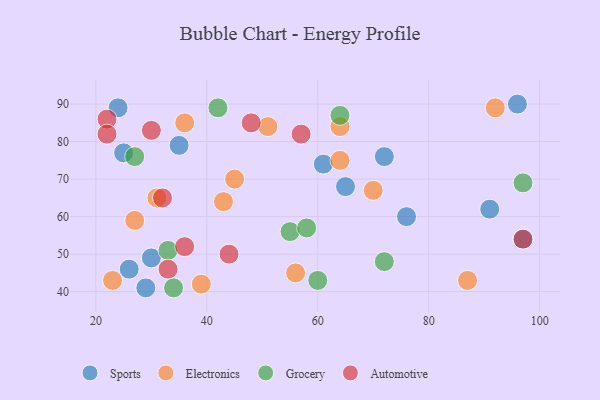
{"axis": {"x": "GDP", "y": "Life Expectancy"}, "legend": ["Automotive", "Electronics", "Grocery", "Sports"], "data": [{"x": "96", "y": 90, "type": "Sports"}, {"x": "35", "y": 79, "type": "Sports"}, {"x": "29", "y": 41, "type": "Sports"}, {"x": "61", "y": 74, "type": "Sports"}, {"x": "24", "y": 89, "type": "Sports"}, {"x": "97", "y": 54, "type": "Sports"}, {"x": "26", "y": 46, "type": "Sports"}, {"x": "72", "y": 76, "type": "Sports"}, {"x": "76", "y": 60, "type": "Sports"}, {"x": "65", "y": 68, "type": "Sports"}, {"x": "25", "y": 77, "type": "Sports"}, {"x": "91", "y": 62, "type": "Sports"}, {"x": "30", "y": 49, "type": "Sports"}, {"x": "64", "y": 84, "type": "Electronics"}, {"x": "92", "y": 89, "type": "Electronics"}, {"x": "70", "y": 67, "type": "Electronics"}, {"x": "87", "y": 43, "type": "Electronics"}, {"x": "51", "y": 84, "type": "Electronics"}, {"x": "56", "y": 45, "type": "Electronics"}, {"x": "36", "y": 85, "type": "Electronics"}, {"x": "27", "y": 59, "type": "Electronics"}, {"x": "23", "y": 43, "type": "Electronics"}, {"x": "43", "y": 64, "type": "Electronics"}, {"x": "31", "y": 65, "type": "Electronics"}, {"x": "64", "y": 75, "type": "Electronics"}, {"x": "39", "y": 42, "type": "Electronics"}, {"x": "45", "y": 70, "type": "Electronics"}, {"x": "42", "y": 89, "type": "Grocery"}, {"x": "55", "y": 56, "type": "Grocery"}, {"x": "72", "y": 48, "type": "Grocery"}, {"x": "34", "y": 41, "type": "Grocery"}, {"x": "27", "y": 76, "type": "Grocery"}, {"x": "33", "y": 51, "type": "Grocery"}, {"x": "64", "y": 87, "type": "Grocery"}, {"x": "58", "y": 57, "type": "Grocery"}, {"x": "97", "y": 69, "type": "Grocery"}, {"x": "60", "y": 43, "type": "Grocery"}, {"x": "97", "y": 54, "type": "Automotive"}, {"x": "32", "y": 65, "type": "Automotive"}, {"x": "57", "y": 82, "type": "Automotive"}, {"x": "30", "y": 83, "type": "Automotive"}, {"x": "48", "y": 85, "type": "Automotive"}, {"x": "36", "y": 52, "type": "Automotive"}, {"x": "33", "y": 46, "type": "Automotive"}, {"x": "44", "y": 50, "type": "Automotive"}, {"x": "22", "y": 86, "type": "Automotive"}, {"x": "22", "y": 82, "type": "Automotive"}]}